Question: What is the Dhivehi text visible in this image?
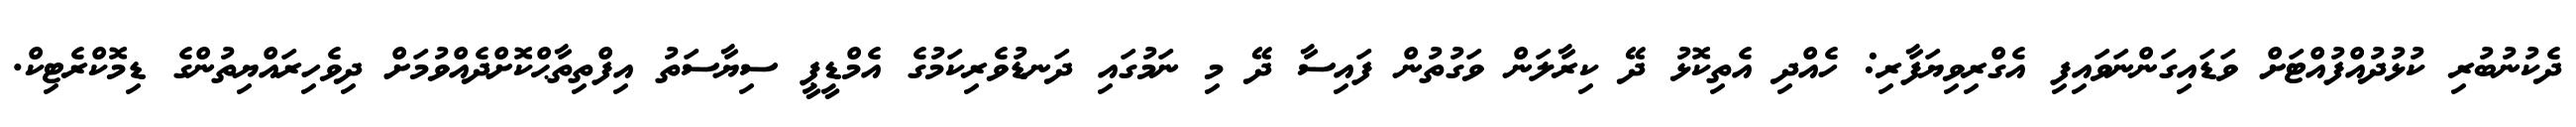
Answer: ދެކުނުބުރި ކުޅުދުއްފުއްޓަށް ވަޑައިގަންނަވައިފި އެގްރިވިޔަފާރި: ހެއްދި އެތިކޮޅު ދޭ ކިރާލަން ވަގުތުން ފައިސާ ދޭ މި ނަމުގައި ދަނޑުވެރިކަމުގެ އެމްޑީޕީ ސިޔާސަތު އިފްތިތާޙްކޮށްދެއްވުމަށް ދިވެހިރައްޔިތުންގެ ޑިމޮކްރެޓިކް.